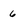
Character: 6